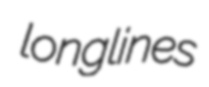
longlines